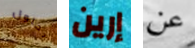
بحلول إرين عن